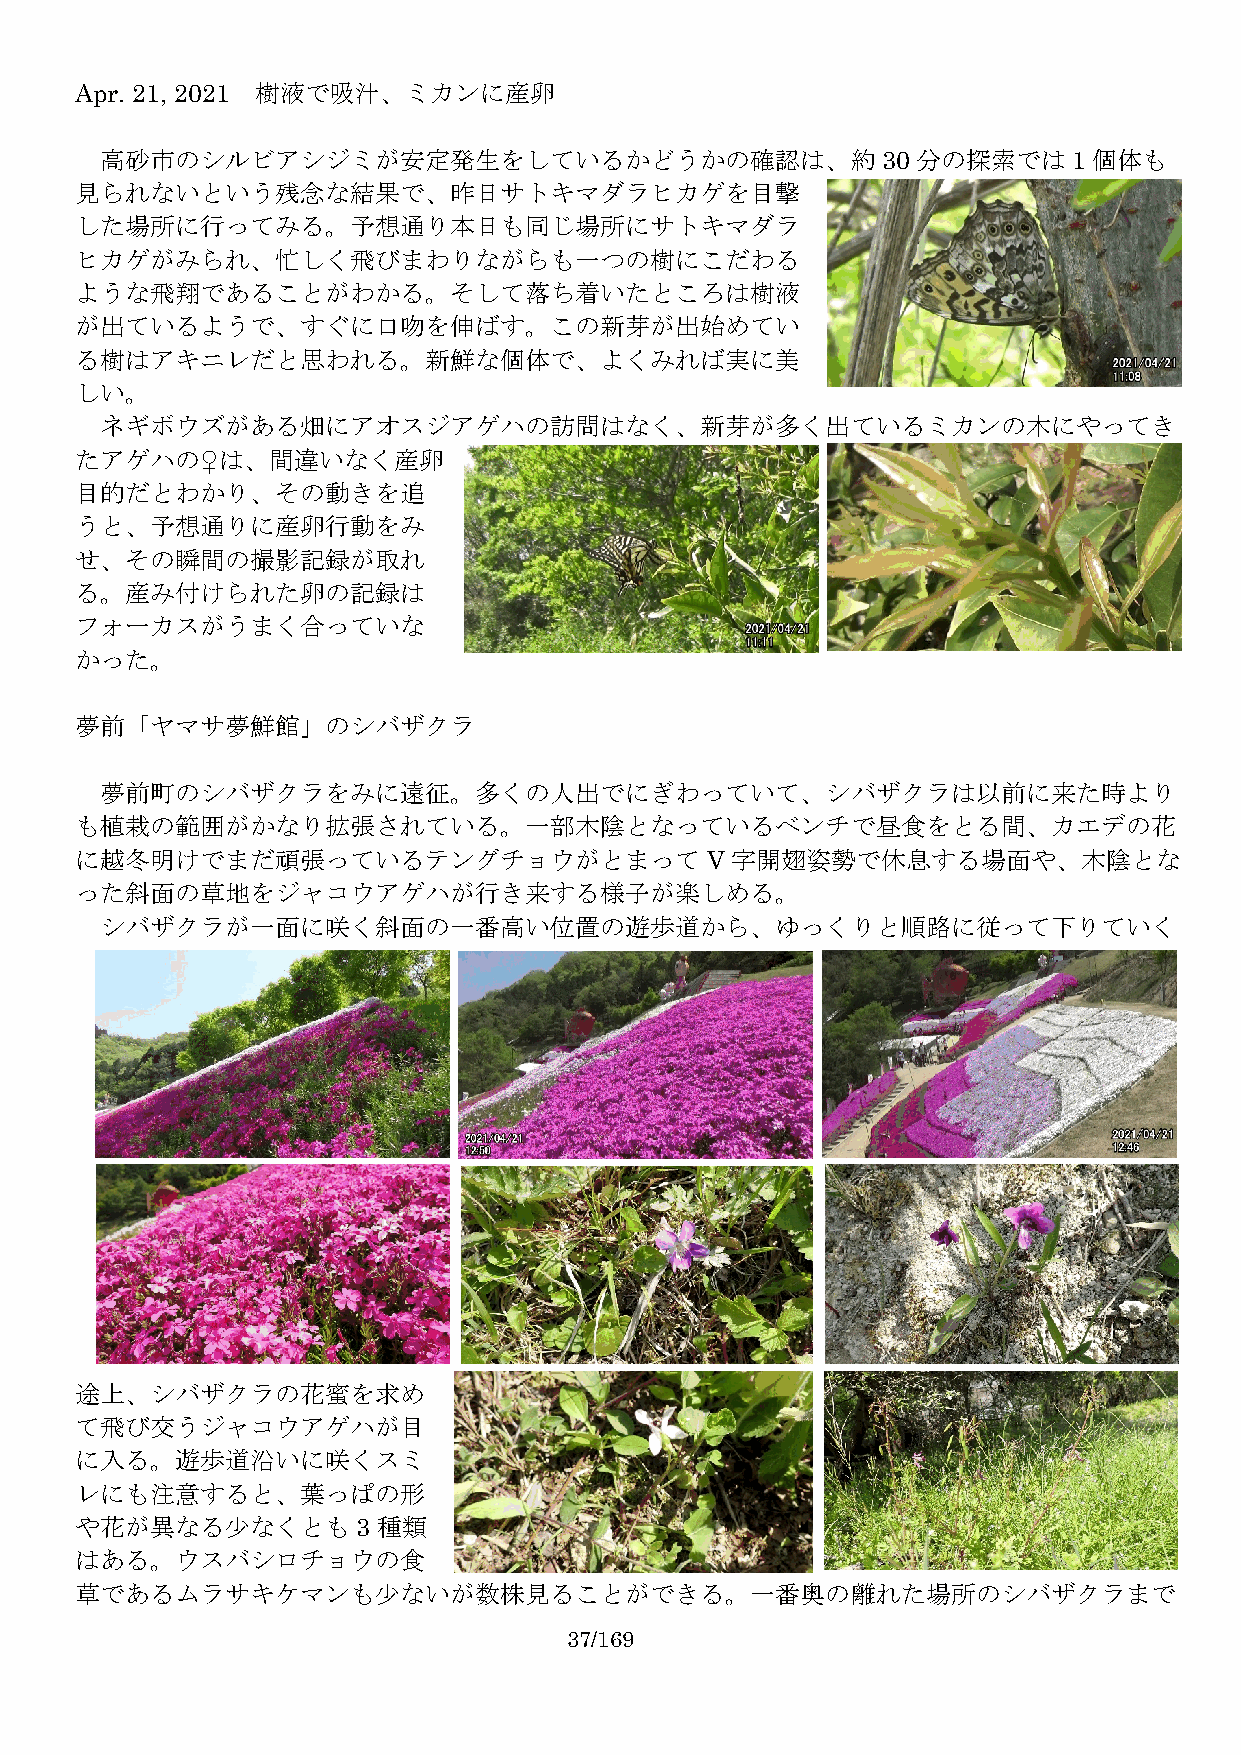
Apr. 21, 2021 樹液で吸汁、ミカンに産卵
 高砂市のシルビアシジミが安定発生をしているかどうかの確認は、約30                     分の探索では1    個体も
 見られないという残念な結果で、昨日サトキマダラヒカゲを目撃
 した場所に行ってみる。予想通り本日も同じ場所にサトキマダラ
 ヒカゲがみられ、忙しく飛びまわりながらも一つの樹にこだわる
 ような飛翔であることがわかる。そして落ち着いたところは樹液
 が出ているようで、すぐに口吻を伸ばす。この新芽が出始めてい
 る樹はアキニレだと思われる。新鮮な個体で、よくみれば実に美
 しい。
 ネギボウズがある畑にアオスジアゲハの訪問はなく、新芽が多く出ているミカンの木にやってき
 たアゲハの♀は、間違いなく産卵
 目的だとわかり、その動きを追
 うと、予想通りに産卵行動をみ
 せ、その瞬間の撮影記録が取れ
 る。産み付けられた卵の記録は
 フォーカスがうまく合っていな
 かった。
 夢前「ヤマサ夢鮮館」のシバザクラ
 夢前町のシバザクラをみに遠征。多くの人出でにぎわっていて、シバザクラは以前に来た時より
 も植栽の範囲がかなり拡張されている。一部木陰となっているベンチで昼食をとる間、カエデの花
 に越冬明けでまだ頑張っているテングチョウがとまってV字開翅姿勢で休息する場面や、木陰とな
 った斜面の草地をジャコウアゲハが行き来する様子が楽しめる。
 シバザクラが一面に咲く斜面の一番高い位置の遊歩道から、ゆっくりと順路に従って下りていく
 途上、シバザクラの花蜜を求め
 て飛び交うジャコウアゲハが目
 に入る。遊歩道沿いに咲くスミ
 レにも注意すると、葉っぱの形
 や花が異なる少なくとも3        種類
 はある。ウスバシロチョウの食
 草であるムラサキケマンも少ないが数株見ることができる。一番奥の離れた場所のシバザクラまで
 37/169